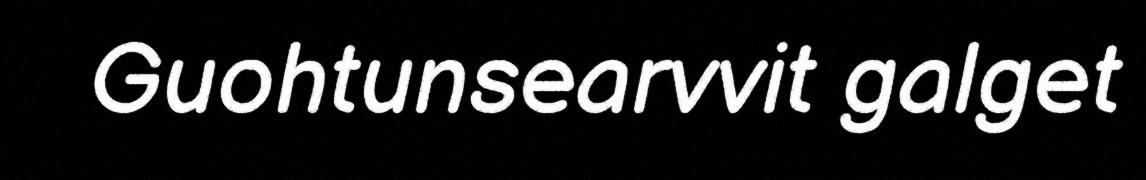
Guohtunsearvvit galget